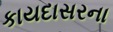
કાયદાસરના